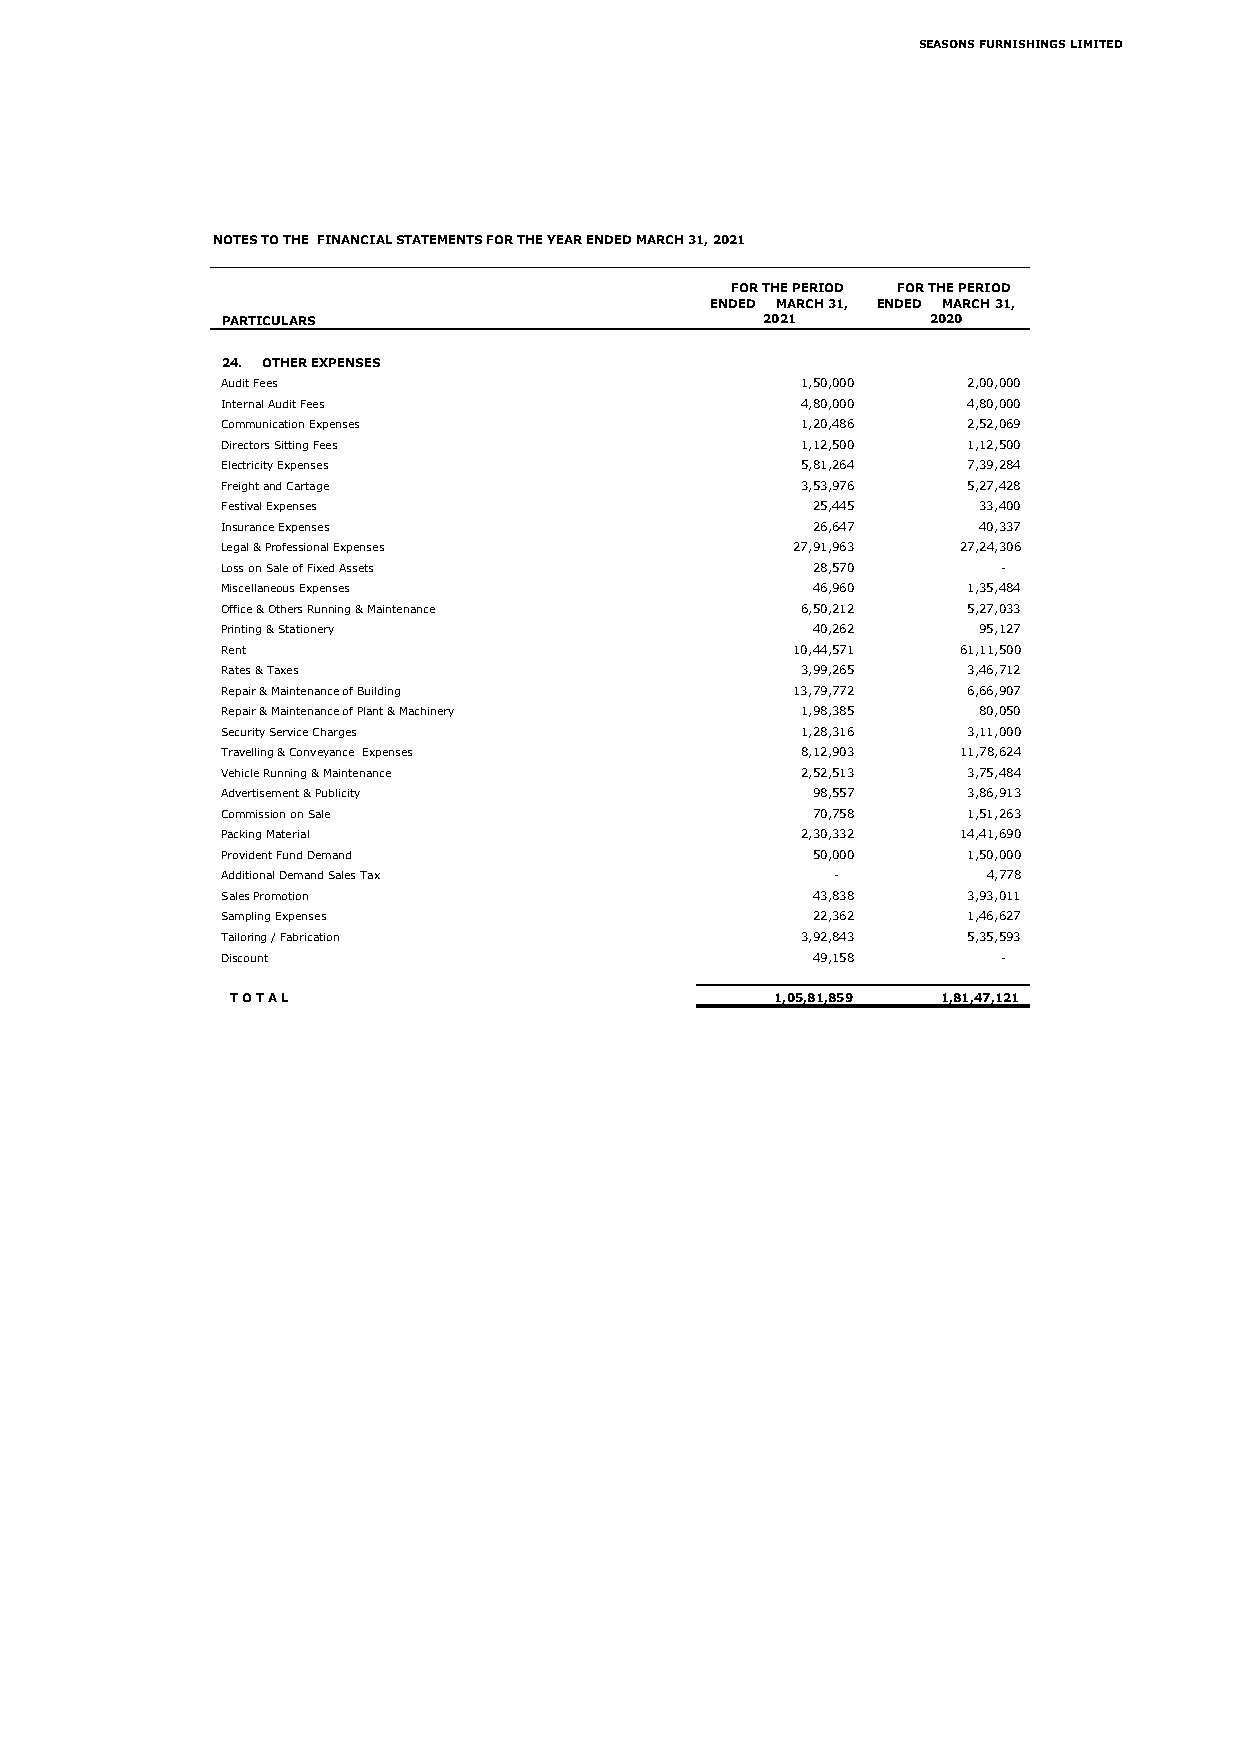
SEASONS FURNISHINGS LIMITED
 NOTES TO THE FINANCIAL STATEMENTS FOR THE YEAR ENDED MARCH 31, 2021
 FOR THE PERIOD FOR THE PERIOD
 ENDED MARCH 31, ENDED MARCH 31,
 PARTICULARS                        2021        2020
 24. OTHER EXPENSES
 Audit Fees                            1 ,50,000  2 ,00,000
 Internal Audit Fees                   4 ,80,000  4 ,80,000
 Communication Expenses                1 ,20,486  2 ,52,069
 Directors Sitting Fees                1 ,12,500  1 ,12,500
 Electricity Expenses                  5 ,81,264  7 ,39,284
 Freight and Cartage                   3 ,53,976  5 ,27,428
 Festival Expenses                      2 5,445    3 3,400
 Insurance Expenses                     2 6,647    4 0,337
 Legal & Professional Expenses        2 7,91,963  2 7,24,306
 Loss on Sale of Fixed Assets           2 8,570     -
 Miscellaneous Expenses                 4 6,960   1 ,35,484
 Office & Others Running & Maintenance 6 ,50,212  5 ,27,033
 Printing & Stationery                  4 0,262    9 5,127
 Rent                                 1 0,44,571  6 1,11,500
 Rates & Taxes                         3 ,99,265  3 ,46,712
 Repair & Maintenance of Building     1 3,79,772  6 ,66,907
 Repair & Maintenance of Plant & Machinery 1 ,98,385 8 0,050
 Security Service Charges              1 ,28,316  3 ,11,000
 Travelling & Conveyance Expenses      8 ,12,903  1 1,78,624
 Vehicle Running & Maintenance         2 ,52,513  3 ,75,484
 Advertisement & Publicity              9 8,557   3 ,86,913
 Commission on Sale                     7 0,758   1,51,263
 Packing Material                      2 ,30,332  1 4,41,690
 Provident Fund Demand                  5 0,000   1,50,000
 Additional Demand Sales Tax             -         4 ,778
 Sales Promotion                        4 3,838   3 ,93,011
 Sampling Expenses                      2 2,362   1 ,46,627
 Tailoring / Fabrication               3 ,92,843  5 ,35,593
 Discount                               4 9,158     -
 T O T A L                           1,05,81,859 1,81,47,121